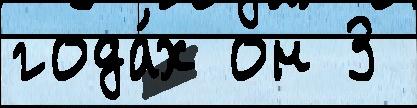
года́х он 3